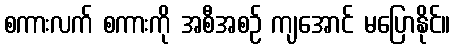
စကားလက် စကားကို အစီအစဉ် ကျအောင် မပြောနိုင်။